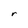
Character: r